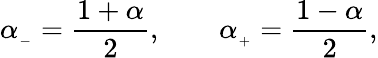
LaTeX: \alpha_{_-}=\frac{1+\alpha}{2},\ \ \ \ \ \ \ \ \alpha_{_+}=\frac{1-\alpha}{2},